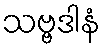
သဗ္ဗဒါနံ